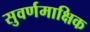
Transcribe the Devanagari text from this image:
सुवर्णमाक्षिक